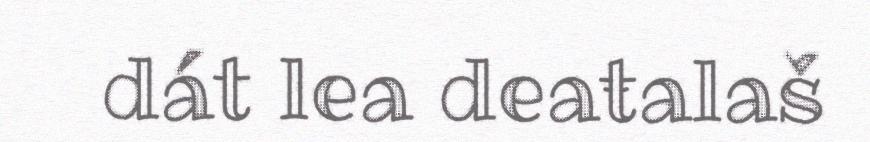
dát lea deaŧalaš